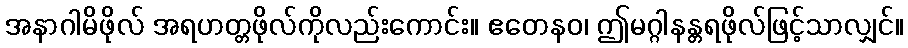
အနာဂါမိဖိုလ် အရဟတ္တဖိုလ်ကိုလည်းကောင်း။ ဧတေနဝ၊ ဤမဂ္ဂါနန္တရဖိုလ်ဖြင့်သာလျှင်။